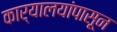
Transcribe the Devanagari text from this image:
कार्यालयांपासून